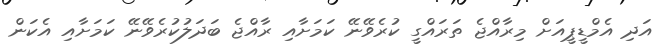
އަދި އެމްޑީޕީއަށް މިރާއްޖެ ތަރައްގީ ކުރެވޭނޭ ކަމަށާއި ރާއްޖެ ބަދަލުކުރެވޭނޭ ކަމަށާއި އެކަން